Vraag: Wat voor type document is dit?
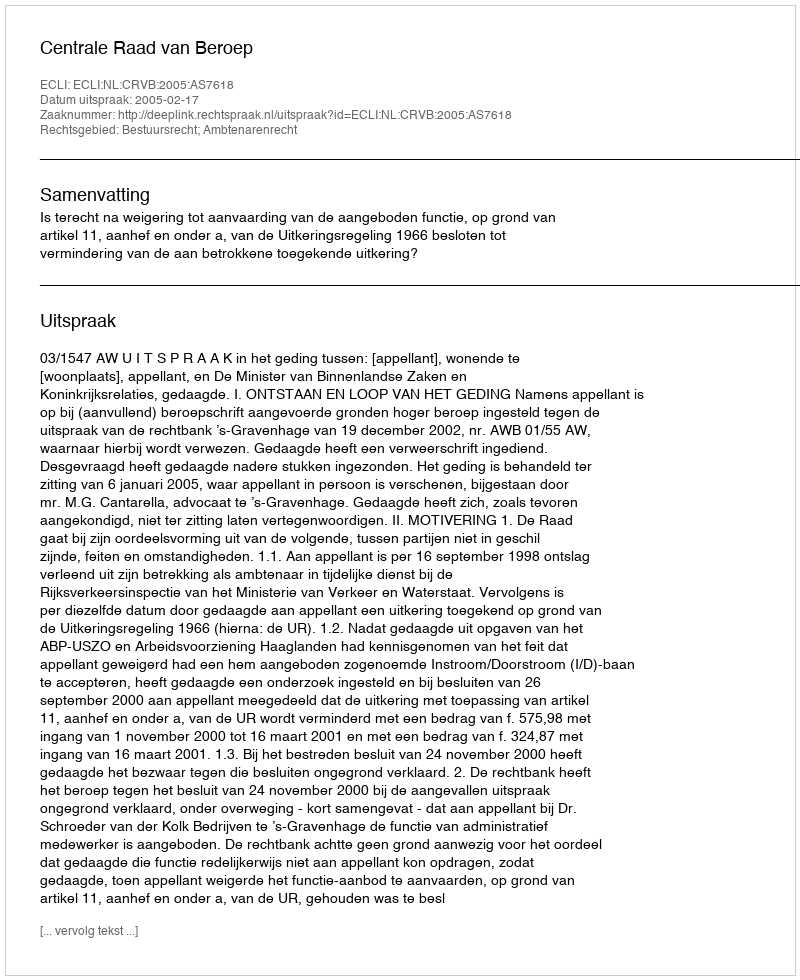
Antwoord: Uitspraak